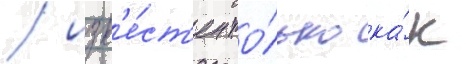
/ изв'е́ст'ен то́лько ка́к